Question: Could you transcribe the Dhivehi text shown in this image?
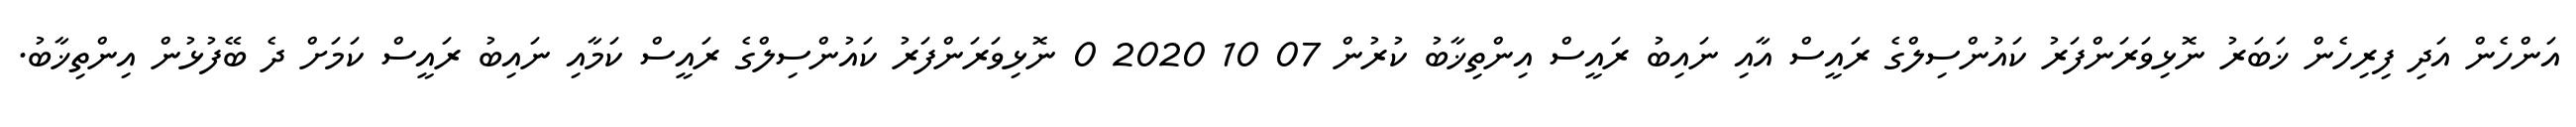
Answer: އަންހެން އަދި ފިރިހެން ޚަބަރު ނޮޅިވަރަންފަރު ކައުންސިލްގެ ރައީސް އާއި ނައިބު ރައީސް އިންތިޚާބު ކުރުން 07 10 2020 0 ނޮޅިވަރަންފަރު ކައުންސިލްގެ ރައީސް ކަމާއި ނައިބު ރައީސް ކަމަށް ދެ ބޭފުޅުން އިންތިޚާބު.